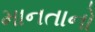
માનતાનો